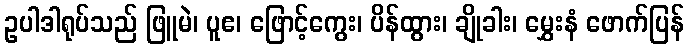
ဥပါဒါရုပ်သည် ဖြူမဲ၊ ပူဧ၊ ဖြောင့်ကွေး၊ ပိန်ထွား၊ ချိုခါး၊ မွှေးနံ ဖောက်ပြန်